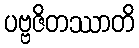
ပဗ္ဗဇိတဿာတိ